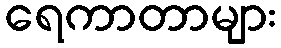
ရေကာတာများ